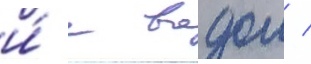
и́ с водои /